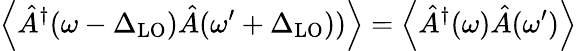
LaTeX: \left\langle\hat{A}^{\dagger}(\omega-\Delta_{\mathrm{LO}})\hat{A}(\omega^{\prime}+\Delta_{\mathrm{LO}}))\right\rangle=\left\langle\hat{A}^{\dagger}(\omega)\hat{A}(\omega^{\prime})\right\rangle